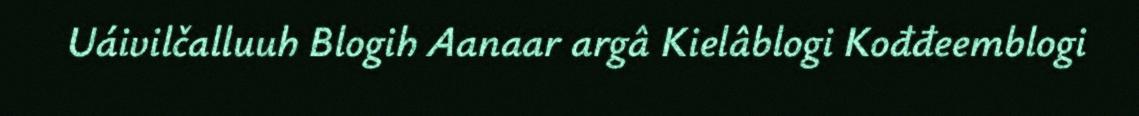
Uáivilčalluuh Blogih Aanaar argâ Kielâblogi Kođđeemblogi